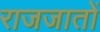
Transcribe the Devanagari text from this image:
राजजातों